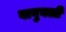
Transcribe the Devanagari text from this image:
वावुबली